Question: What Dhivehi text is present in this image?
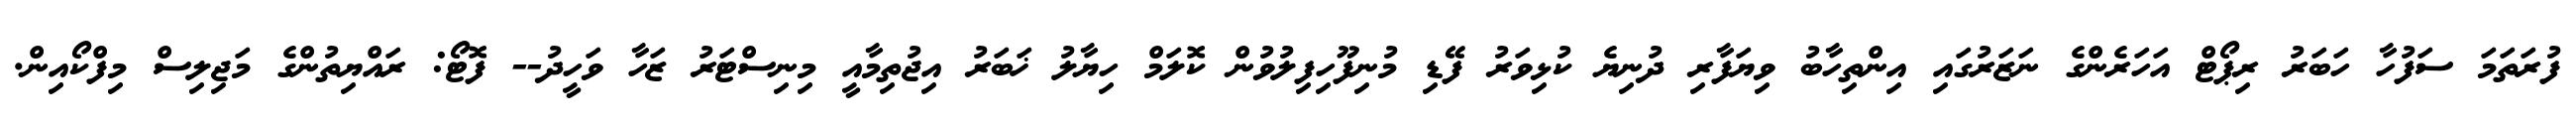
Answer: ފުރަތަމަ ސަފުހާ ހަބަރު ރިޕޯޓް އަހަރެންގެ ނަޒަރުގައި އިންތިހާބު ވިޔަފާރި ދުނިޔެ ކުޅިވަރު ފޭޑި މުނިފޫހިފިލުވުން ކޮލަމް ހިޔާލު ޚަބަރު އިޖުތިމާއީ މިނިސްޓަރު ޒަހާ ވަހީދު-- ފޮޓޯ: ރައްޔިތުންގެ މަޖިލިސް މިފްކޯއިން.